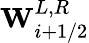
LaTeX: \mathbf{W}_{i+1/2}^{L,R}